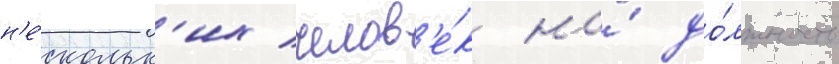
н'е́скольк'их челов'е́к на́ до́лжность